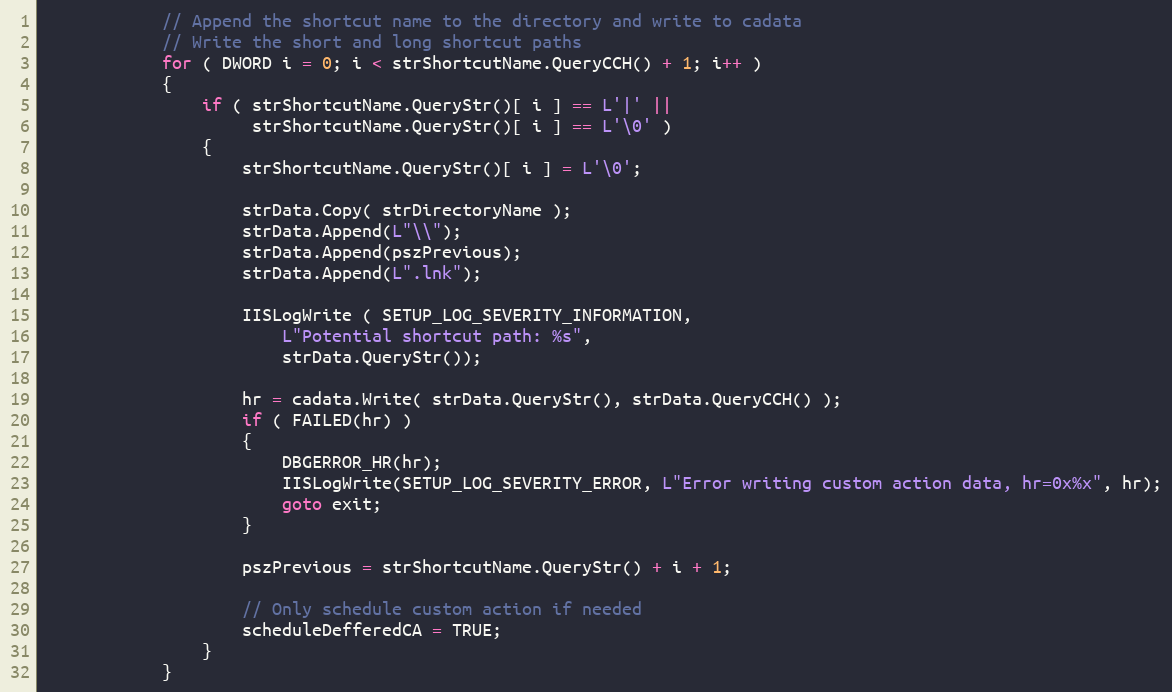
Language: C++
            // Append the shortcut name to the directory and write to cadata
            // Write the short and long shortcut paths
            for ( DWORD i = 0; i < strShortcutName.QueryCCH() + 1; i++ )
            {
                if ( strShortcutName.QueryStr()[ i ] == L'|' ||
                     strShortcutName.QueryStr()[ i ] == L'\0' )
                {
                    strShortcutName.QueryStr()[ i ] = L'\0';

                    strData.Copy( strDirectoryName );
                    strData.Append(L"\\");
                    strData.Append(pszPrevious);
                    strData.Append(L".lnk");

                    IISLogWrite ( SETUP_LOG_SEVERITY_INFORMATION,
                        L"Potential shortcut path: %s",
                        strData.QueryStr());

                    hr = cadata.Write( strData.QueryStr(), strData.QueryCCH() );
                    if ( FAILED(hr) )
                    {
                        DBGERROR_HR(hr);
                        IISLogWrite(SETUP_LOG_SEVERITY_ERROR, L"Error writing custom action data, hr=0x%x", hr);
                        goto exit;
                    }

                    pszPrevious = strShortcutName.QueryStr() + i + 1;

                    // Only schedule custom action if needed
                    scheduleDefferedCA = TRUE;
                }
            }